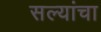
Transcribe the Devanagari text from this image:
सल्यांचा